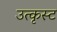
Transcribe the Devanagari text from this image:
उत्कृस्ट